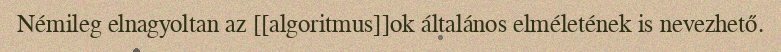
Némileg elnagyoltan az [[algoritmus]]ok általános elméletének is nevezhető.